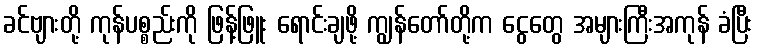
ခင်ဗျားတို့ ကုန်ပစ္စည်းကို ဖြန့်ဖြူး ရောင်းချဖို့ ကျွန်တော်တို့က ငွေတွေ အများကြီးအကုန် ခံပြီး